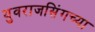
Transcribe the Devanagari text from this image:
युवराजसिंगच्या